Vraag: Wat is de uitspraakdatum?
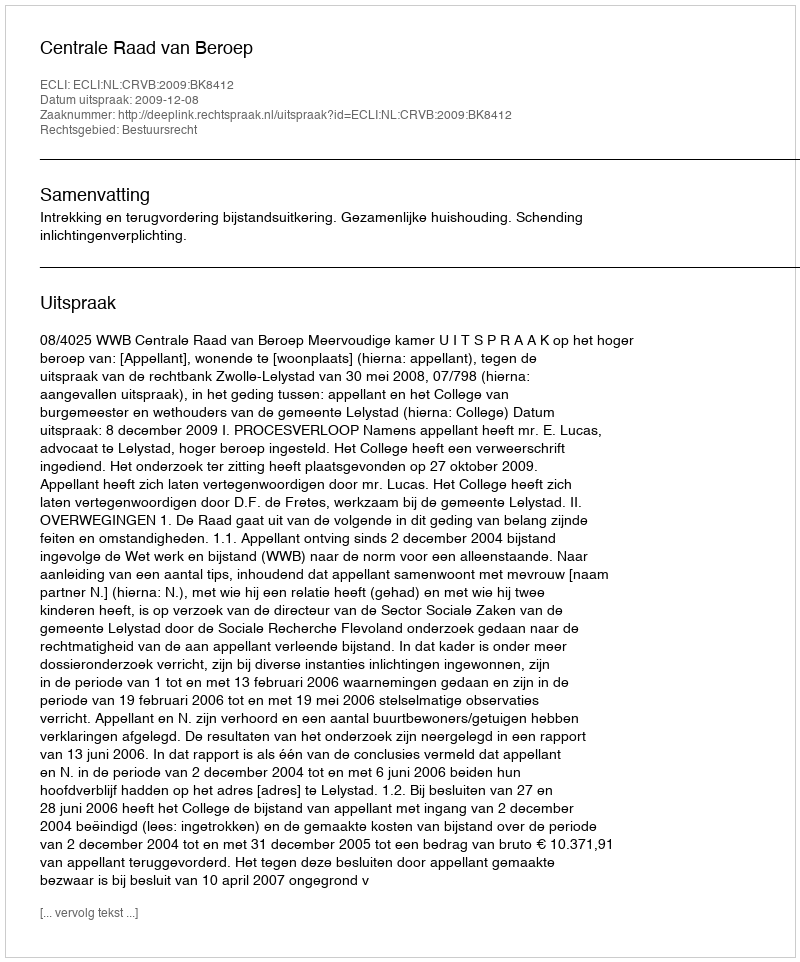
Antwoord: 2009-12-08